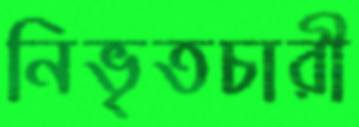
নিভৃতচারী